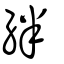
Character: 絆